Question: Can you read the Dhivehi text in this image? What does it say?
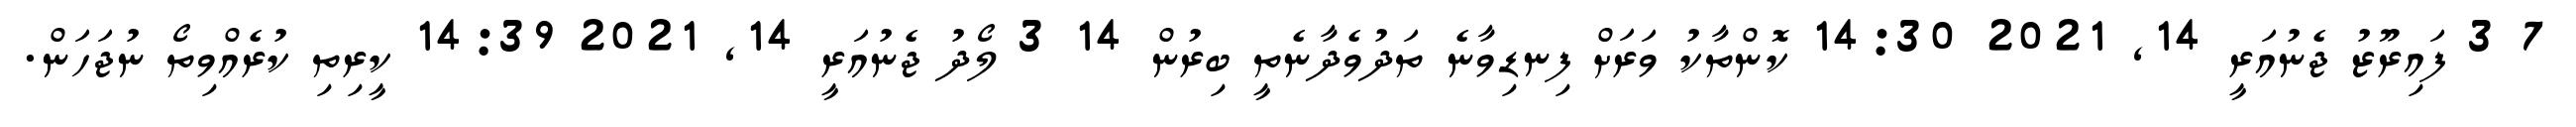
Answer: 7 3 ފައިރޫޒު ޖެނުއަރީ 14, 2021 14:30 ކޮންތާކު ވަރަށް ފިނޑިވާނެ ތަދުވެދާނެތީ ބިރުން 14 3 ލޯދު ޖެނުއަރީ 14, 2021 14:39 ކީރިތި ކުރެއްވިތޯ ނުޖަހަން.